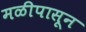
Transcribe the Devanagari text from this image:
मळीपासून